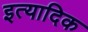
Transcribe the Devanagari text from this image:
इत्यादिक